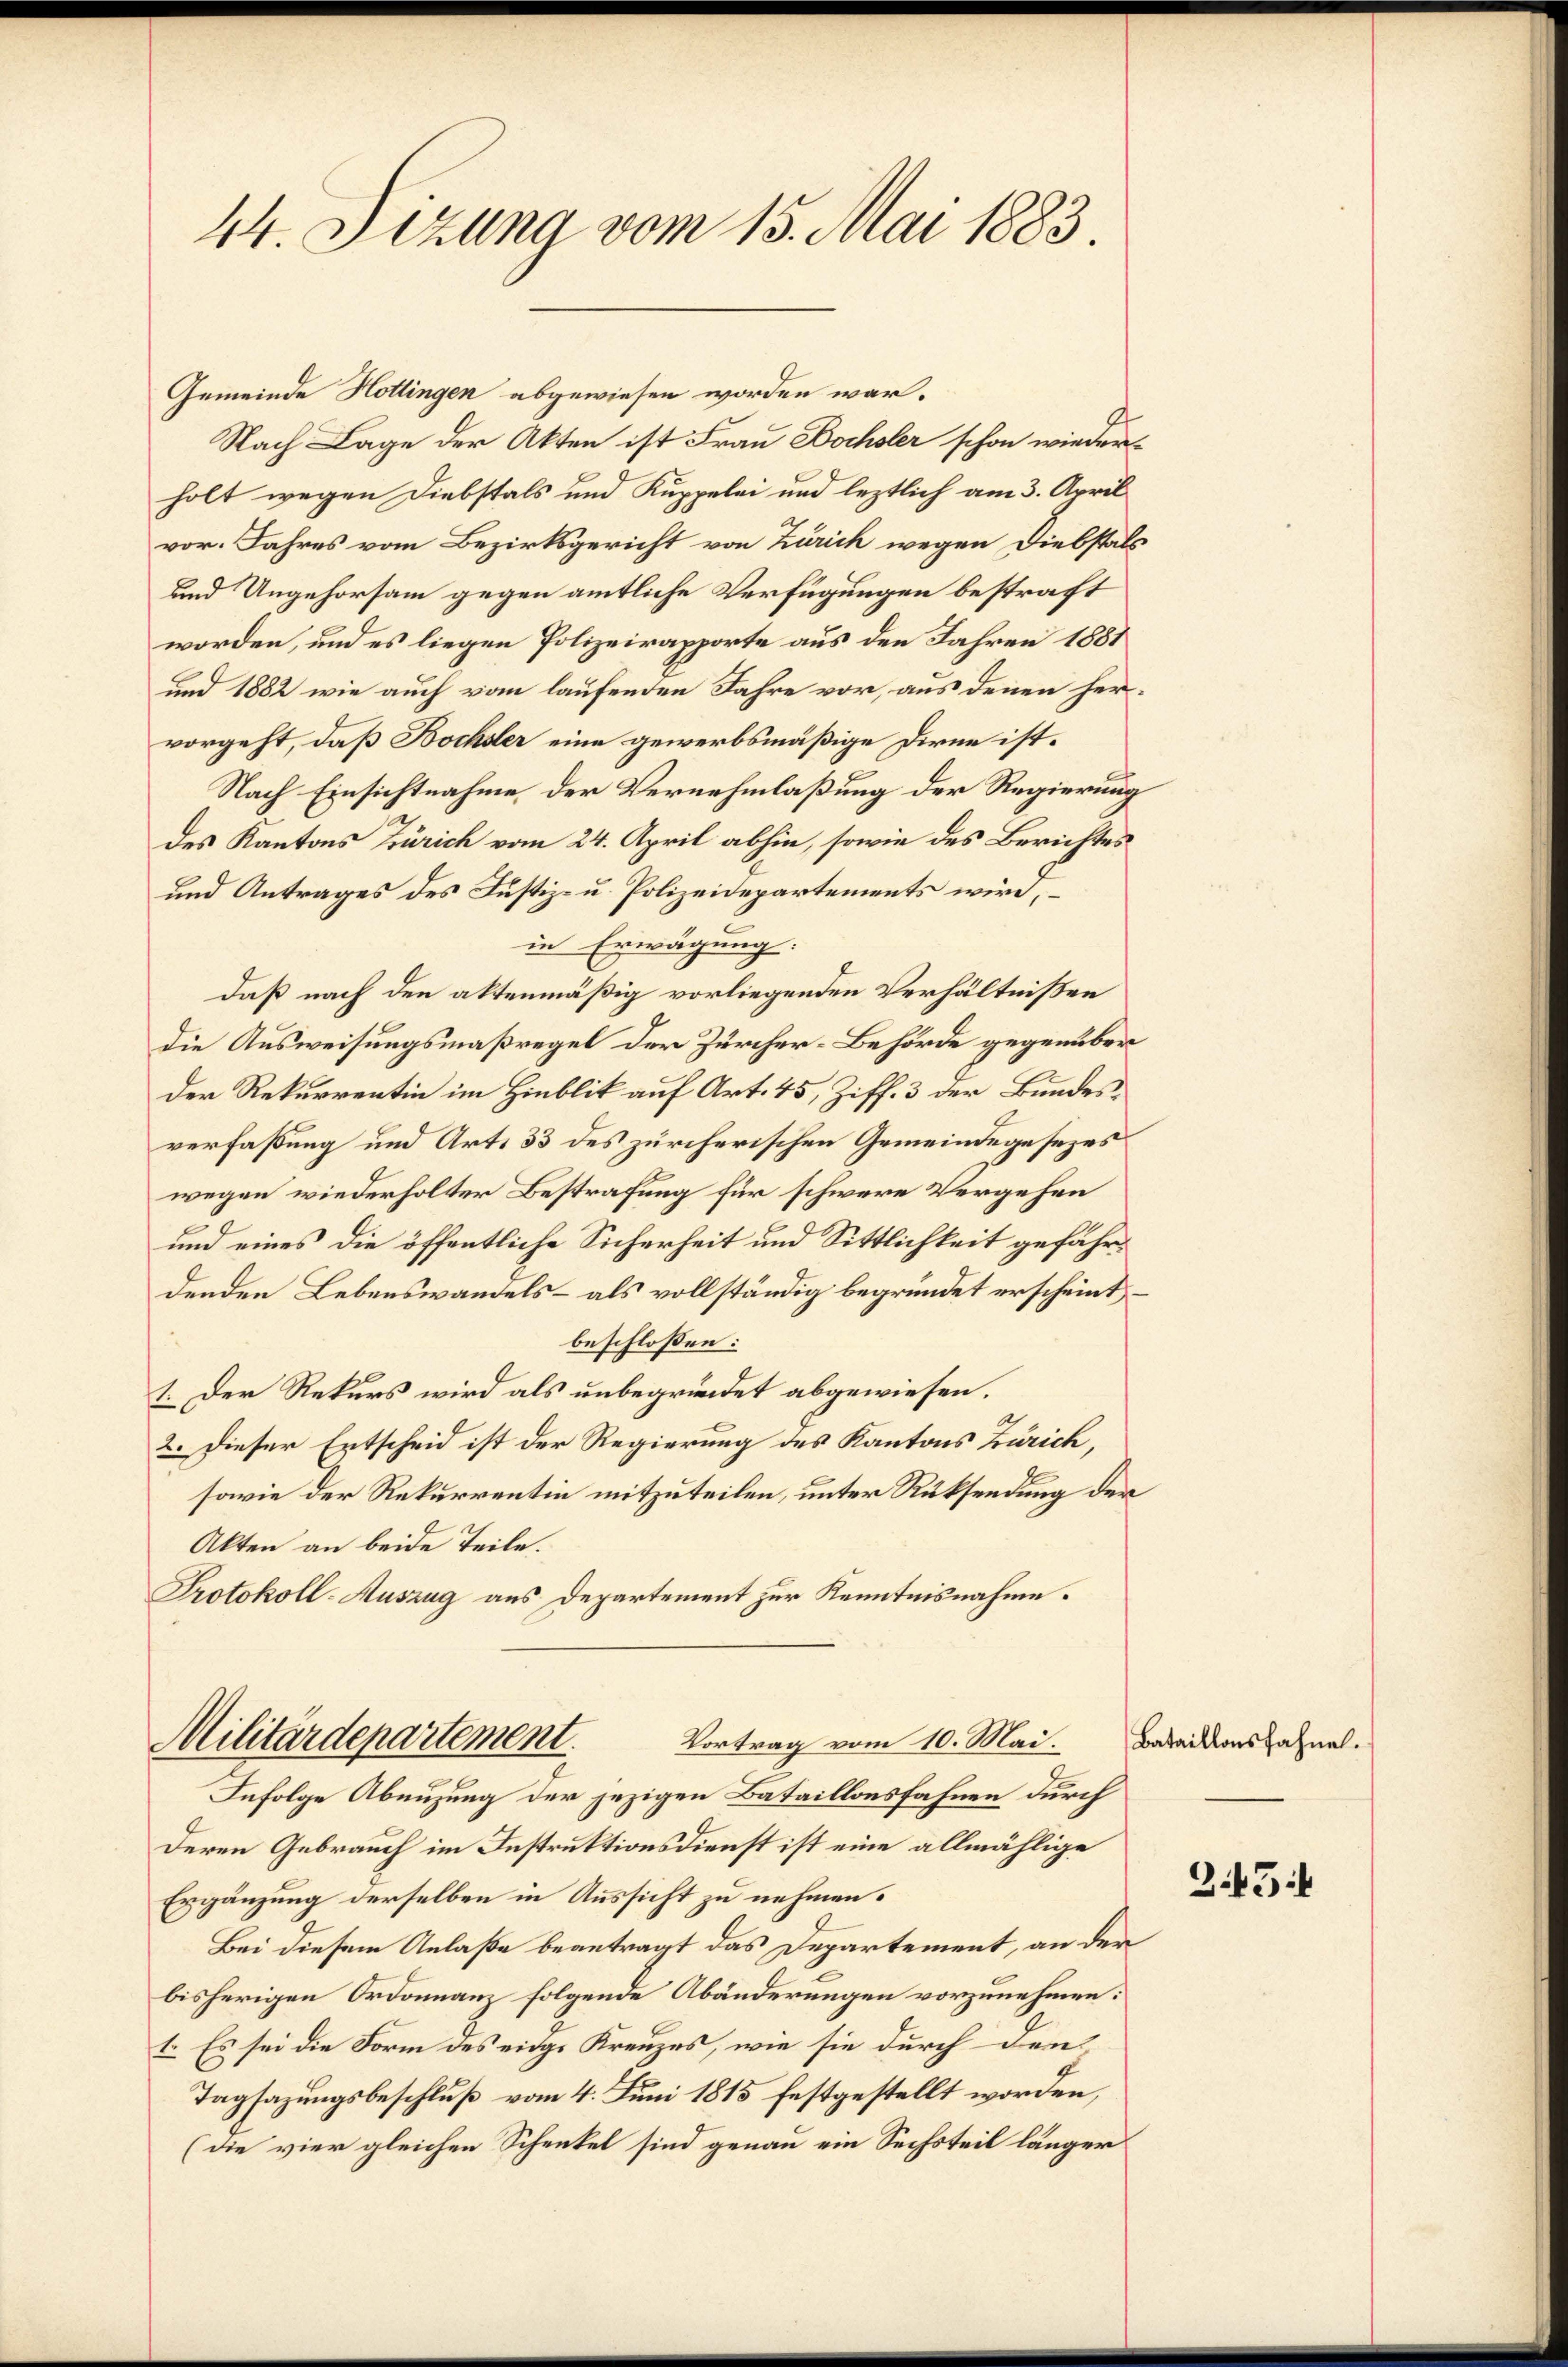
44. Sizung vom 15. Mai 1883.

Gemeinde Hottingen abgewiesen worden war.
Nach Lage der Akten ist Frau Bochsler schon wiederholt wegen Diebstals und Kuppelei und leztlich am 3. April
vor. Jahres vom Bezirksgericht von Zürich wegen Diebstals
und Ungehorsam gegen amtliche Verfügungen bestraft
worden, und es liegen Polizeirapporte aus den Jahren 1881
und 1882 wie auch vom laufenden Jahre vor, aus denen hervorgeht, daß Bochsler eine gewerbsmäßige Dirne ist¬
Nach Einsichtnahme der Vernehmlaßung der Regierung
des Kantons Zürich vom 24. April abhin, sowie des Berichtes
und Antrages des Justiz- u. Polizeidepartements wird,
in Erwägung:
daß nach den aktenmäßig vorliegenden Verhältnissen
die Ausweisungsmaßregel der Zürcher-Behörde gegenüber
Der Rekurrentin im Hinblik auf Art. 45, Ziff. 3 der Bundesverfassung und Art. 33 des zürcherischen Gemeindegesezes
wegen wiederholter Bestrafung für schwere Vergehen
und eines die öffentliche Sicherheit und Sittlichkeit gefährdenden Lebenswandels- als vollständig begründet erscheint
beschlossen:
1. Der Rekurs wird als unbegründet abgewiesen.
2. Dieser Entscheid ist der Regierung des Kantons Zürich,
sowie der Rekurrentin mitzuteilen, unter Rüksendung der
Akten an beide Teile.
Protokoll-Auszug aus Departement zur Kenntnisnahme.
Vortrag vom 10. Mai.
Militärdepartement.
Infolge Abenzung der jezigen Bataillonsfahnen durch
Deren Gebrauch im Instruktionsdienst ist eine allmählige
Ergänzung derselben in Aussicht zu nehmen.
Bei diesem Anlaße beantragt das Departement, an der
bisherigen Ordonanz folgende Abänderungen vorzunehmen:
1. Es sei die Form des eine Kreuzes, wie sie durch den
Tagsazungsbeschluß vom 4. Juni 1815 festgestellt worden,
(die vier gleichen Schenkel sind genau ein Sechsteil länger

Bataillonsfahnel.

345